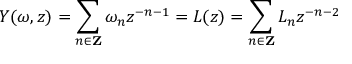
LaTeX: Y ( \omega , z ) = \sum _ { n \in \mathbf { Z } } \omega _ { n } { z ^ { - n - 1 } } = L ( z ) = \sum _ { n \in \mathbf { Z } } L _ { n } z ^ { - n - 2 }